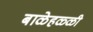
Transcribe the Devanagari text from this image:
बाळेहळ्ळी